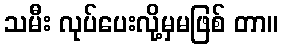
သမီး လုပ်ပေးလို့မှမဖြစ် တာ။